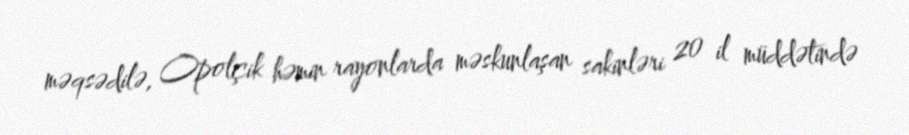
məqsədilə, Opolçik həmin rayonlarda məskunlaşan sakinləri 20 il müddətində